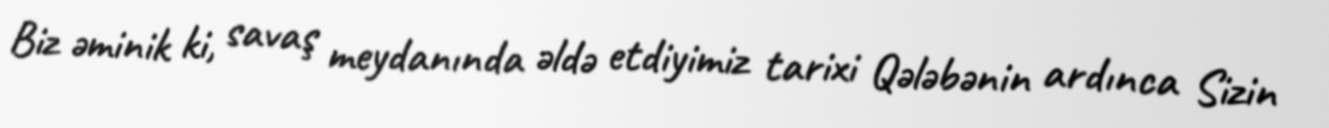
Biz əminik ki, savaş meydanında əldə etdiyimiz tarixi Qələbənin ardınca Sizin